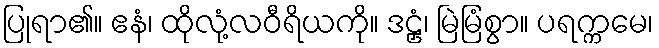
ပြုရာ၏။ ဧနံ၊ ထိုလုံ့လဝီရိယကို။ ဒဠှံ၊ မြဲမြံစွာ။ ပရက္ကမေ၊